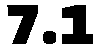
7.1